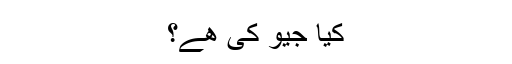
کیا جیو کی ھے؟